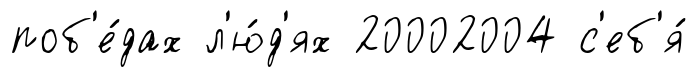
поб'е́дах л'ю́д'ях 20002004 с'еб'я́